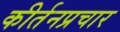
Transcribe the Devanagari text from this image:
कीर्तनप्रचार